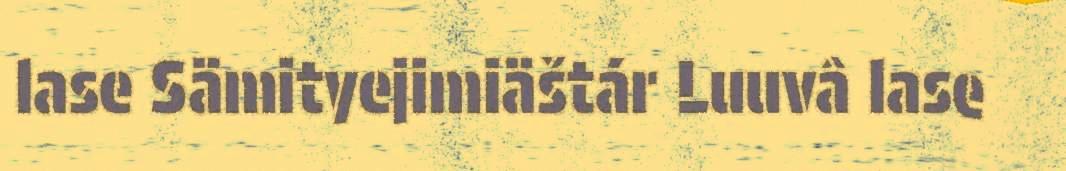
lase Sämityejimiäštár Luuvâ lase